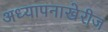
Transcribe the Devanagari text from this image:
अध्यापनाखेरीज